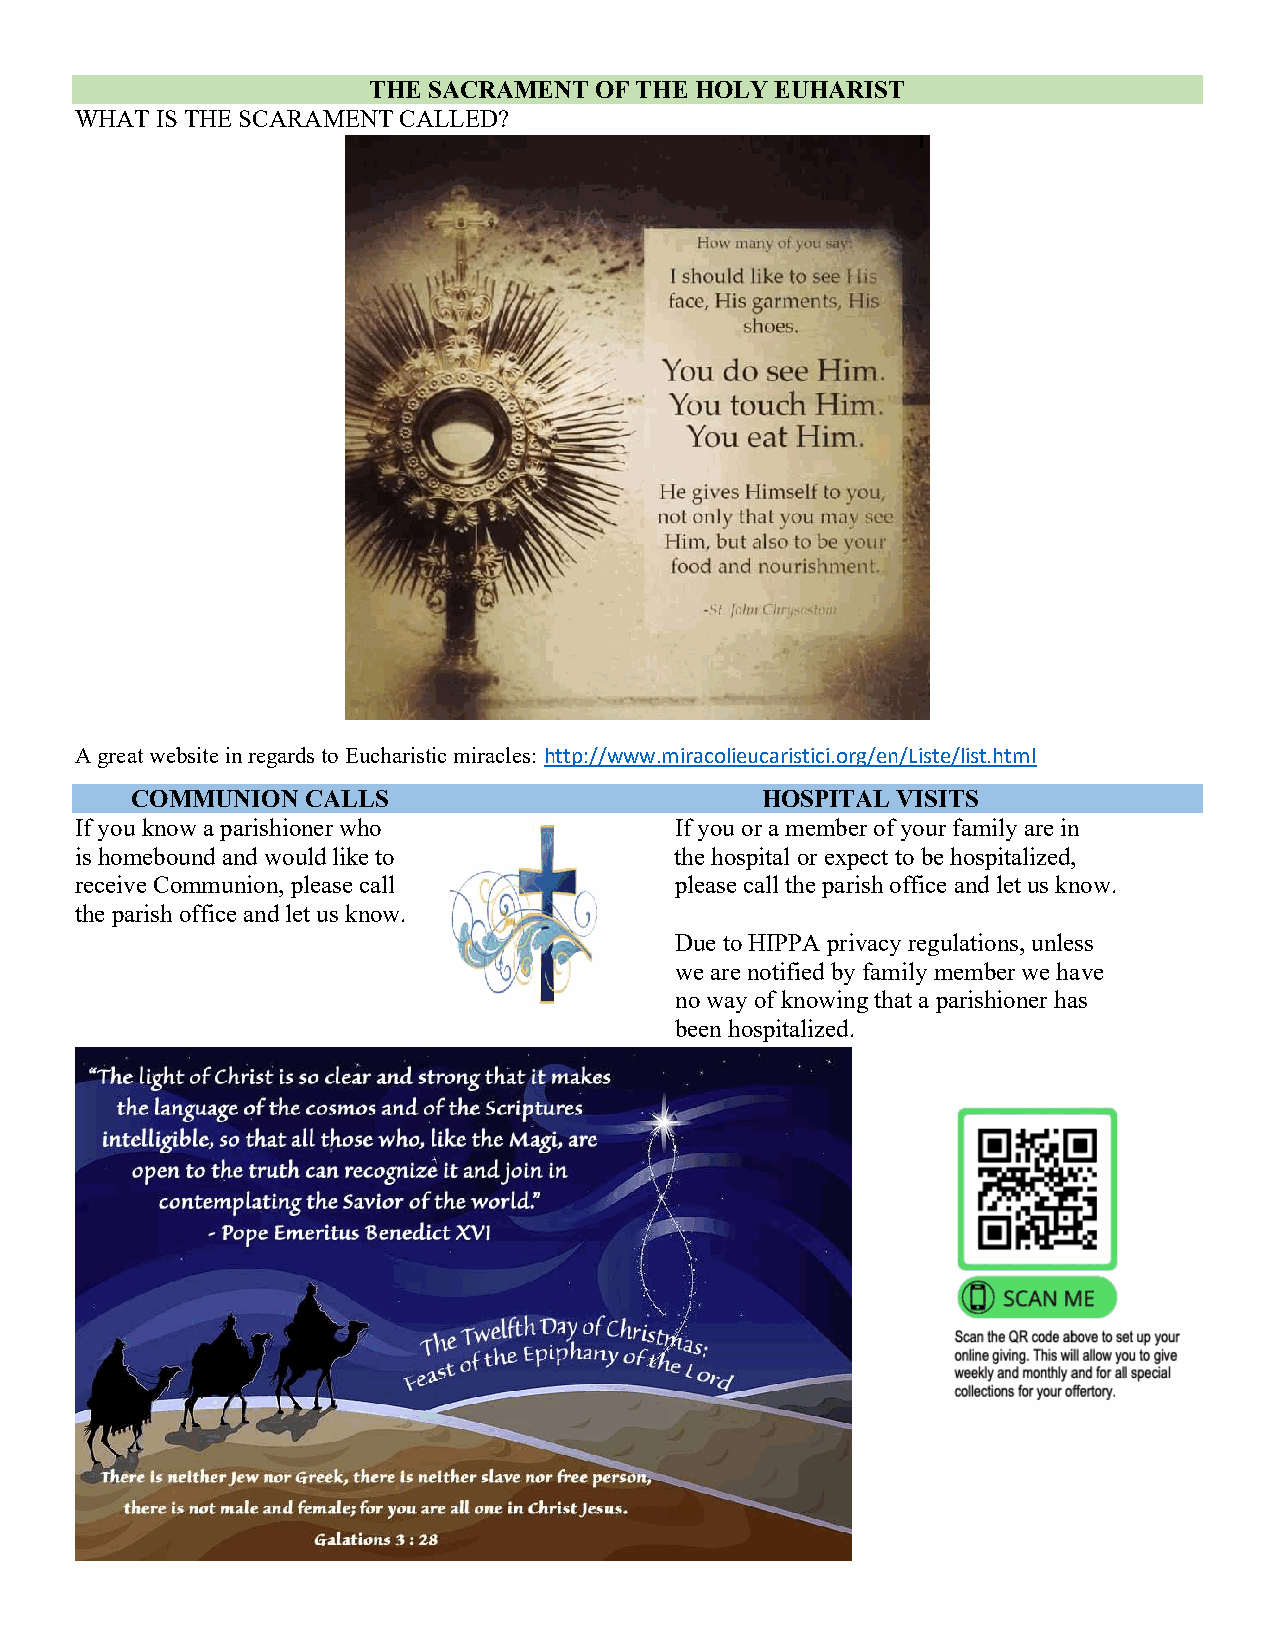
THE SACRAMENT  OF THE HOLY EUHARIST
 WHAT IS THE SCARAMENT CALLED?
 A great website in regards to Eucharistic miracles: http://www.miracolieucaristici.org/en/Liste/list.html
 COMMUNION  CALLS                         HOSPITAL VISITS
 If you know a parishioner who           If you or a member of your family are in
 is homebound and would like to          the hospital or expect to be hospitalized,
 receive Communion, please call          please call the parish office and let us know.
 the parish office and let us know.
 Due to HIPPA privacy regulations, unless
 we are notified by family member we have
 no way of knowing that a parishioner has
 been hospitalized.